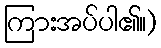
ကြားအပ်ပါ၏။)